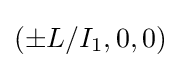
(\pm L/I_{1},0,0)